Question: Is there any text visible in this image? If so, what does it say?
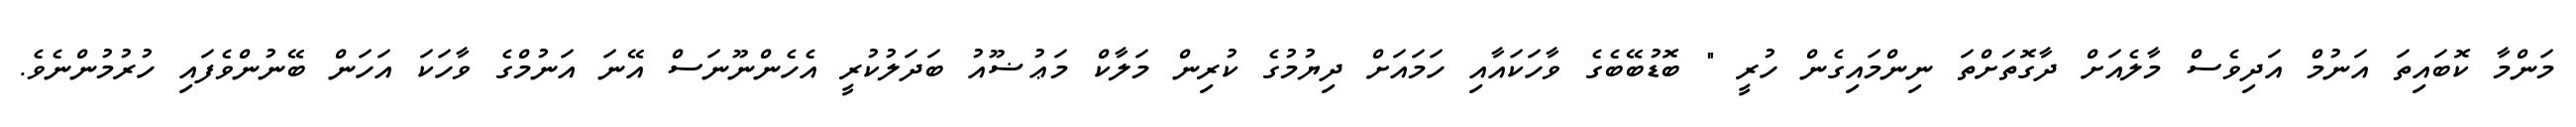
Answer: މަންމާ ކޮބައިތަ އަނުމް އަދިވެސް މާލެއަށް ދާގޮތަށްތަ ނިންމައިގެން ހުރީ " ބޮޑުބޭބެގެ ވާހަކައާއި ހަމައަށް ދިޔުމުގެ ކުރިން މަލާކް މަޢުޟޫއު ބަދަލުކުރީ އެހެންނޫނަސް އޭނަ އަނުމްގެ ވާހަކަ އަހަން ބޭނުންވެފައި ހުރުމުންނެވެ.